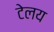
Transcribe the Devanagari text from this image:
टेलय